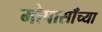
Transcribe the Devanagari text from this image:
मोपासाँच्या